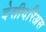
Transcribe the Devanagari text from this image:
देसीदरिअस